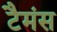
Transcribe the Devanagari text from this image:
टैमंस